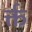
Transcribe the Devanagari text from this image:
र्क्त